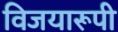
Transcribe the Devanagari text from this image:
विजयारूपी